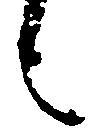
言